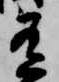
有